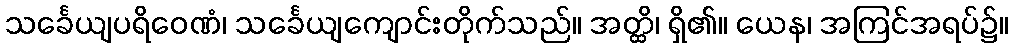
သင်္ခေယျပရိဝေဏံ၊ သင်္ခေယျကျောင်းတိုက်သည်။ အတ္ထိ၊ ရှိ၏။ ယေန၊ အကြင်အရပ်၌။